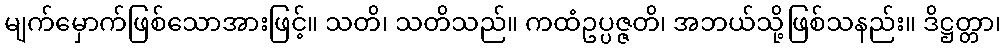
မျက်မှောက်ဖြစ်သောအားဖြင့်။ သတိ၊ သတိသည်။ ကထံဥပ္ပဇ္ဇတိ၊ အဘယ်သို့ဖြစ်သနည်း။ ဒိဋ္ဌတ္တာ၊